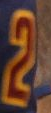
2